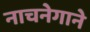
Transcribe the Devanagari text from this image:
नाचनेगाने